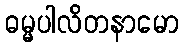
ဓမ္မပါလိတနာမော